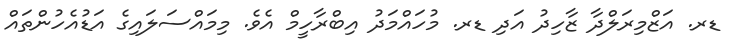
ޑރ. އަޒްމިރަލްދާ ޒާހިދު އަދި ޑރ. މުހައްމަދު އިބްރާހީމް އެވެ. މިމައްސަލައިގެ އަޑުއެހުންތައް